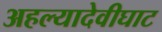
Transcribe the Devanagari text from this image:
अहल्यादेवीघाट